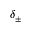
\delta _ { \pm }